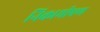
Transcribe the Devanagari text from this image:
निकामीपण